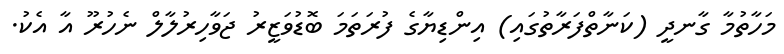
މަހާތުމާ ގާނދީ (ކަނާތްފަރާތުގައި) އިންޑިޔާގެ ފުރަތަމަ ބޮޑުވަޒީރު ޖަވާހިރުލާލް ނެހުރޫ އާ އެކު.